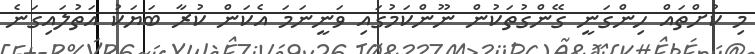
މި ކުށްތައް ހިންގަނީ ގޭންގުތަކުން ނޫންކަމުގައި ވަނީނަމަ އެކަން ކުރާ ބަޔަކު އަތުލައިގަނެ